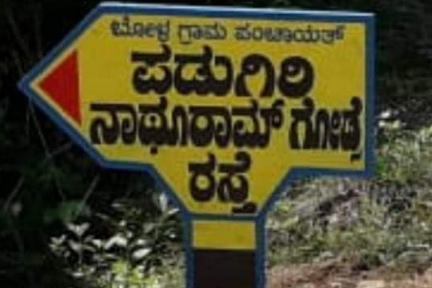
Language: kannada
Transcription: ಪಡುಗಿರಿ ರಸ್ತೆ